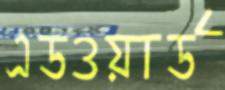
এডওয়ার্ড